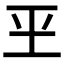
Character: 𰡮